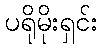
ပရိုမိုးရှင်း